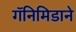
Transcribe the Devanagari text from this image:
गॅनिमिडाने